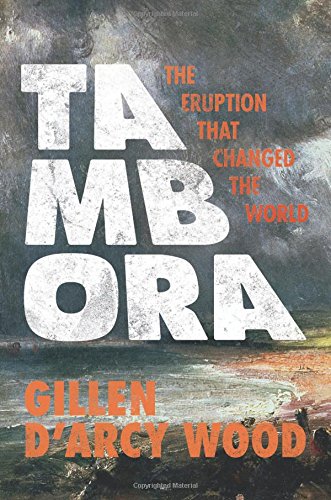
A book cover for Tambora: The Eruption That Changed the World; Gillen D'Arcy Wood; Science & Math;